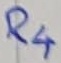
Text: R4